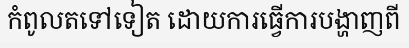
កំពូលតទៅទៀត ដោយការធ្វើការបង្ហាញពី